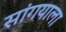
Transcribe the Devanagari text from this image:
सांगयाला